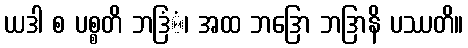
ယဒါ စ ပစ္စတိ ဘဒြံံ၊ အထ ဘဒြော ဘဒြာနိ ပဿတိ။